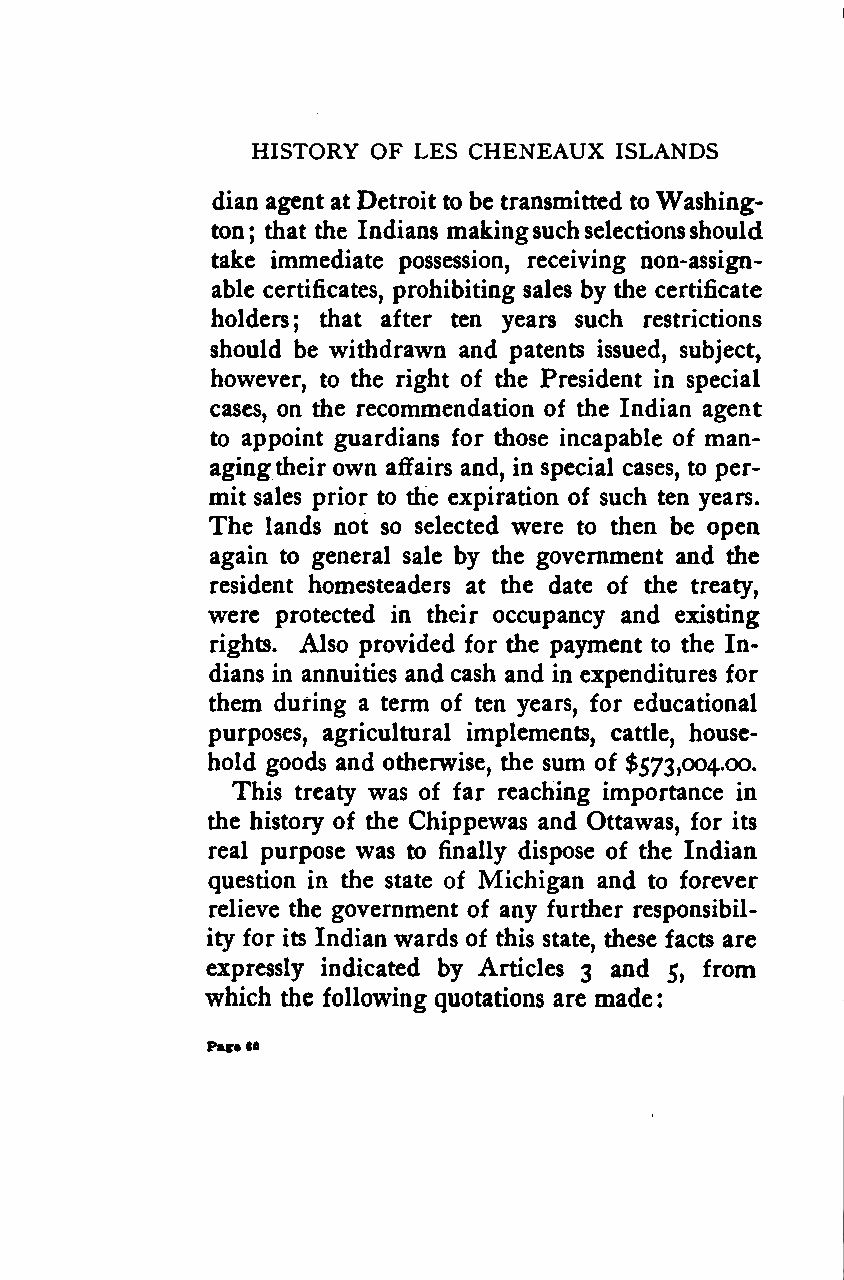
:
 HISTORY OF LES CHENEAUX ISLANDS
 dian agent at Detroit to be transmitted toWashing-
 ton; that the Indians makingsuchselectionsshould
 take immediate possession, receiving non-assign-
 able certificates, prohibiting sales by the certificate
 holders; that after ten years such restrictions
 should be withdrawn and patents issued, subject,
 however, to the right of the President in special
 cases, on the recommendation of the Indian agent
 to appoint guardians for those incapable of man-
 agingtheir own affairs and, in special cases, to per-
 mit sales prior to the expiration of such ten years.
 The lands not so selected were to then be open
 again to general sale by the government and the
 resident homesteaders at the date of the treaty,
 were protected in their occupancy and existing
 rights. Also provided for the payment to the In-
 dians in annuities and cash and in expenditures for
 them during a term of ten years, for educational
 purposes, agricultural implements, cattle, house-
 hold goods and otherwise, the sum of $573,004.00.
 This treaty was of far reaching importance in
 the history of the Chippewas and Ottawas, for its
 real purpose was to finally dispose of the Indian
 question in the state of Michigan and to forever
 relieve the government of any further responsibil-
 ity for its Indian wards of this state, these facts are
 expressly indicated by Articles 3 and 5, from
 which the following quotations are made
 Pa*e6fi
 Google
 Digitizedby